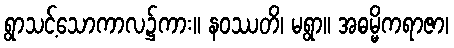
ရွာသင့်သောကာလ၌ကား။ နဝဿတိ၊ မရွာ။ အဓမ္မိကရာဇာ၊